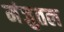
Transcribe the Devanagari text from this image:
मंजुतल